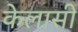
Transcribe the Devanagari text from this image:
केलासी